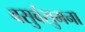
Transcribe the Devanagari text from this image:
वसुर्वसुमना